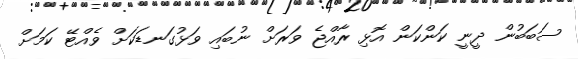
ސަބަބުން ދީނީ ކަންކަން އޮޅި ރާއްޖެ ވަރަށް ނުބައި ވަޅުގަނޑަކަށް ވެއްޓޭ ކަމަށް